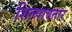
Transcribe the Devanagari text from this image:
शिल्पावतार